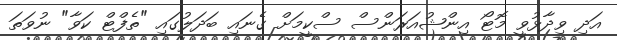
އަދި ވިދާޅުވީ މޮޓޯ އިންޝުއަރަންސް ސްކީމަށް ގެނައި ބަދަލުގައި "ތެފްޓް ކަވާ" ނުވަތަ